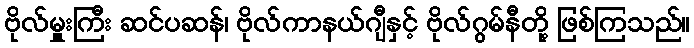
ဗိုလ်မှူးကြီး ဆင်ပဆန်၊ ဗိုလ်ကာနယ်ဂျီနှင့် ဗိုလ်ဂွမ်နီတို့ ဖြစ်ကြသည်။